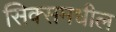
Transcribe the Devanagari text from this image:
सिक्समधील